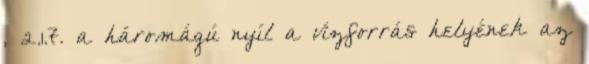
, 2.1.7. a háromágú nyíl a vízforrás helyének az